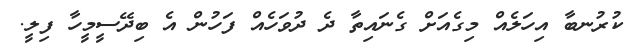
ކުރުނބާ އިހަލެއް މިގެއަށް ގެނައިތާ ދެ ދުވަހެއް ފަހުން އެ ބިދޭސީމީހާ ފިލީ.